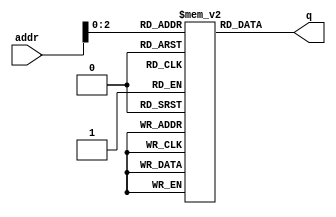
// Async Single Port ROM

module rom #( parameter  DATA_WIDTH = 16, ADDR_WIDTH = 4)
(
	input [(ADDR_WIDTH-1):0] addr,
	output[(DATA_WIDTH-1):0] q
);

	// Declare the ROM variable
	
	/////
	parameter INITIAL_VALUE ={
  	  16'h3244,
	  16'h1dac,
	  16'h0fae,
	  16'h07f5,
	  16'h03ff,
	  16'h0200,
	  16'h0100,
	  16'h0080,
	  16'h0040,
	  16'h0020,
	  16'h0010,
	  16'h0008,
	  16'h0004,
	  16'h0002,
	  16'h0001,
	  16'h0001
	  };

   
	reg [DATA_WIDTH-1:0] rom[0:2*ADDR_WIDTH-1];
	

integer i;
initial begin
    for (i=0;i<(2*ADDR_WIDTH-1);i=i+1) begin
        //Extract each 16bit chunk in turn from the initial value parameter
        //and use that as the initial value for this part of the shift register.
        // Note the (9-i) bit is used because concatenation of the initial value places the first value in the most significant bits, and last value in the least significant bits.
        rom[i] = INITIAL_VALUE[(((2*ADDR_WIDTH-1)-i)*(DATA_WIDTH))+:DATA_WIDTH];
    end
end
	
	
	assign q = rom[addr];
	
endmodule